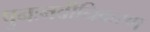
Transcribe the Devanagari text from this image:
पुनःनवीनिकरण